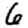
Digit: 6